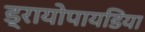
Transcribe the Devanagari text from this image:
ड्रायोपायडिया